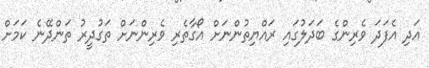
އަދި އެފަދަ ވެރިންގެ ބަދަލުގައި ރައްޔިތުންނަށް އޯގާތެރި ވެރިންނަށް ތަގުދީރު ތަންދޭނެ ކަމަށް